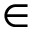
\in